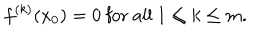
LaTeX: f ^ { ( k ) } ( x _ { 0 } ) = 0 \mathrm { ~ f o r ~ a l l ~ } 1 \leq k \leq m .